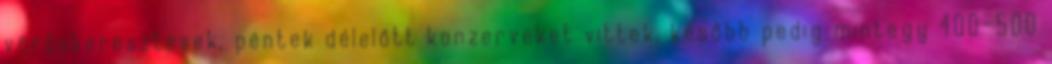
vöröskeresztesek, péntek délelőtt konzerveket vittek, később pedig mintegy 400-500